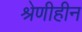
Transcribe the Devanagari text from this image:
श्रेणीहीन